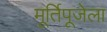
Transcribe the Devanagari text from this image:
मूर्तिपूजेला